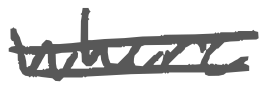
Text: where
Cross-out: double-line
Writing tool: digital_gray